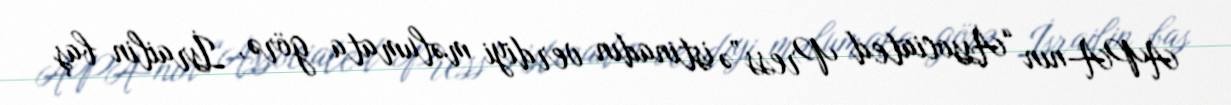
APA-nın “Associated Press”ə istinadın verdiyi məlumata görə, İsrailin baş